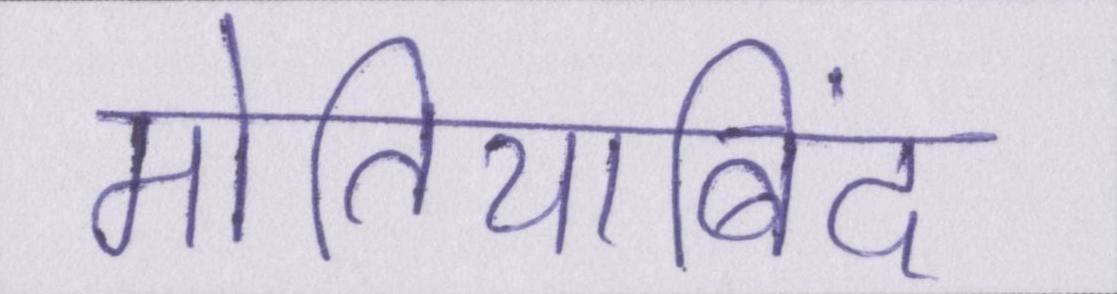
मोतियाबिंद